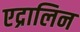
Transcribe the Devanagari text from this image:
एद्रालिन